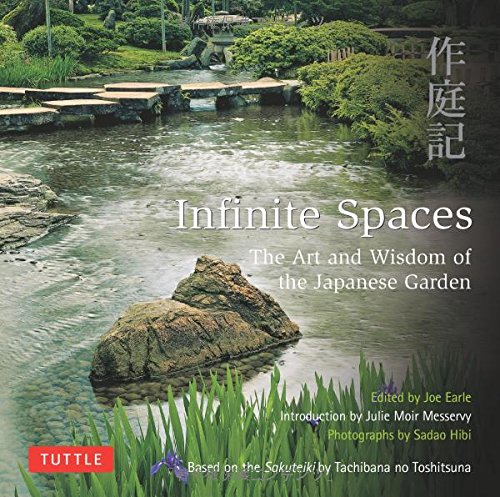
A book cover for Infinite Spaces: The Art and Wisdom of the Japanese Garden; Based on the Sakuteiki by Tachibana no Toshitsuna; Crafts, Hobbies & Home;